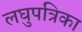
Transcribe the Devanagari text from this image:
लघुपत्रिका